Report on horse surra - Volume II, Part II
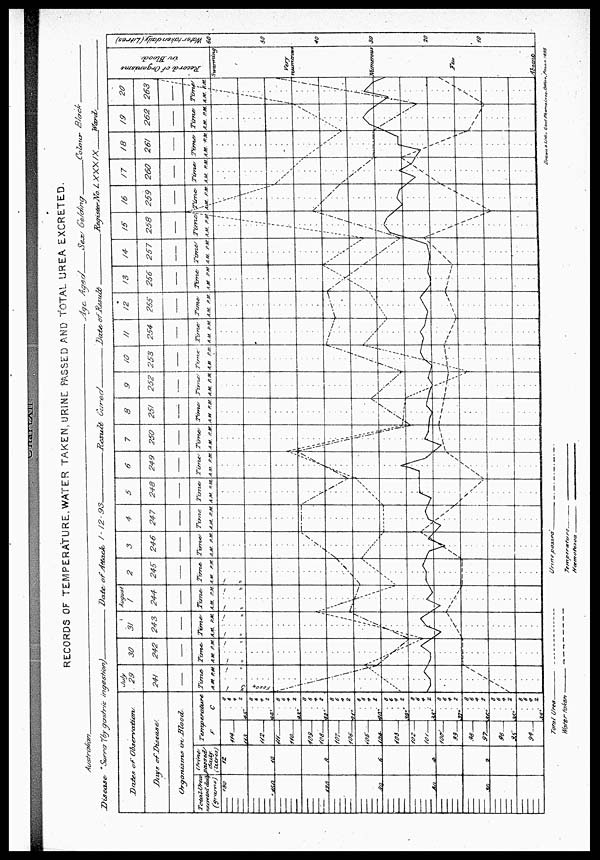
RECORDS OF TEMPERATURE, WATER TAKEN, URINE PASSED AND TOTAL UREA EXCRETED.